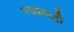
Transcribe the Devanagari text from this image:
रसप्रवाही